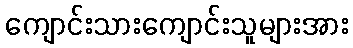
ကျောင်းသားကျောင်းသူများအား